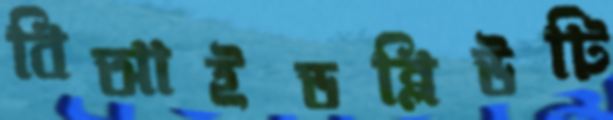
বিআইডব্লিউটি